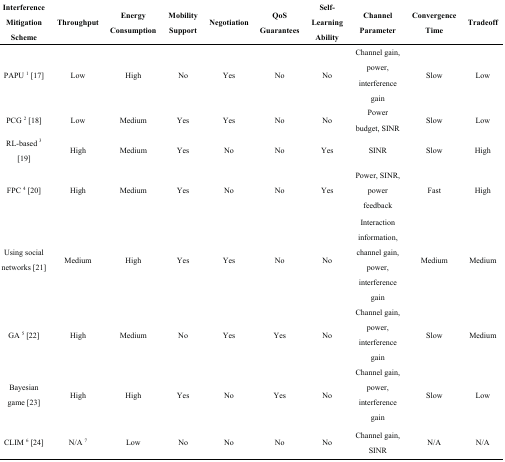
| Interference Mitigation Scheme | Throughput | Energy Consumption | Mobility Support | Negotiation | QoS Guarantees | Self-Learning Ability | Channel Parameter | Convergence Time | Tradeoff |
 | --- | --- | --- | --- | --- | --- | --- | --- | --- | --- |
 | PAPU 1 [17] | Low | High | No | Yes | No | No | Channel gain, power, interference gain | Slow | Low |
 | PCG 2 [18] | Low | Medium | Yes | Yes | No | No | Power budget, SINR | Slow | Low |
 | RL-based 3 [19] | High | Medium | Yes | No | No | Yes | SINR | Slow | High |
 | FPC 4 [20] | High | Medium | Yes | No | No | Yes | Power, SINR, power feedback | Fast | High |
 | Using social networks [21] | Medium | High | Yes | Yes | No | No | Interaction information, channel gain, power, interference gain | Medium | Medium |
 | GA 5 [22] | High | Medium | No | Yes | Yes | No | Channel gain, power, interference gain | Slow | Medium |
 | Bayesian game [23] | High | High | Yes | No | Yes | No | Channel gain, power, interference gain | Slow | Low |
 | CLIM 6 [24] | N/A 7 | Low | No | No | No | No | Channel gain, SINR | N/A | N/A |